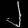
Digit: ၂